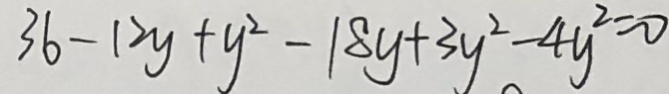
3 6 - 1 2 y + y ^ { 2 } - 1 8 y + 3 y ^ { 2 } - 4 y ^ { 2 } = 0